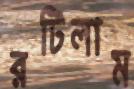
রটিলাম